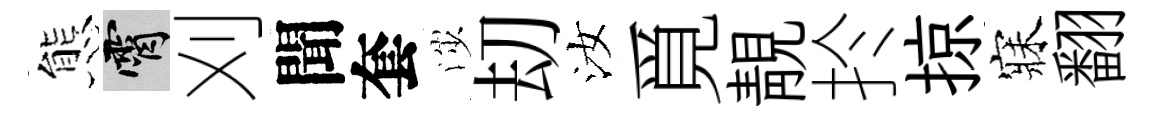
態霄刈聞套渉刧汝覓靚扵掠寐翻